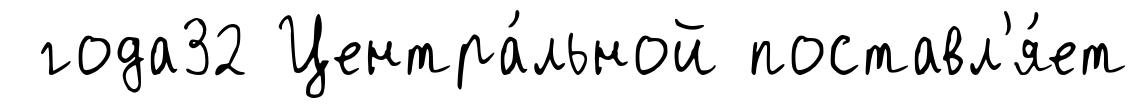
года32 Центра́льной поставл'я́ет